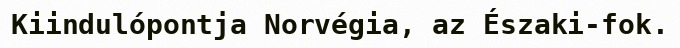
Kiindulópontja Norvégia, az Északi-fok.